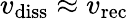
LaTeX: v_{\mathrm{diss}}\approx v_{\mathrm{rec}}